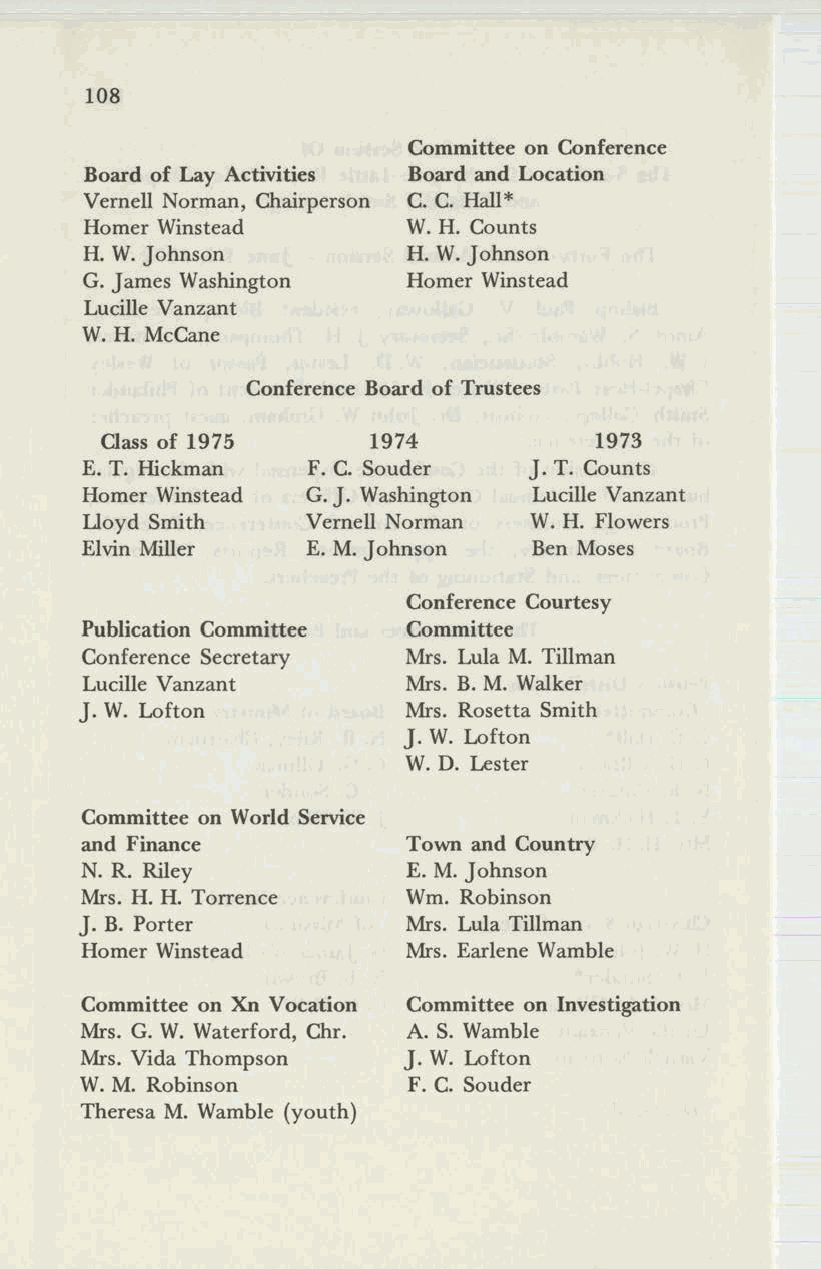
108
 Committee on Conference
 Board of Lay Activities Board and Location
 Vemell Norman, Chairperson C. C. Hall*
 Homer Winstead       W.H. Counts
 H. W.Johnson         H. W.Johnson
 G. James Washington   Homer Winstead
 Lucille Vanzant
 W.H. McCane
 Conference Board of Trustees
 Class of 1975    1974           1973
 E. T. Hickman  F. C. Souder   J. T. Counts
 Homer Winstead G.J. Washington Lucille Vanzant
 lloyd Smith    Vemell Norman  W. H. Flowers
 Elvin Miller   E. M. Johnson  Ben Moses
 Conference Courtesy
 Publication Committee Committee
 Conference Secretary  Mrs. Lula M. Tillman
 Lucille Vanzant       Mrs. B. M. Walker
 J. W. Lofton          Mrs. Rosetta Smith
 J. W. Lofton
 W. D. Lester
 Committee on World Service
 and Finance           Town and Country
 N. R. Riley           E. M. Johnson
 Mrs. H. H. Torrence   Wm. Robinson
 J. B. Porter          Mrs. Lula Tillman
 Homer Winstead        Mrs. Earlene Wamble
 Committee on Xn Vocation Committee on Investigation
 Mrs. G. W. Waterford, Chr. A. S. Wamble
 Mrs. Vida Thompson    J. W. Lofton
 W. M. Robinson        F. C. Souder
 Theresa M. Wamble (youth)